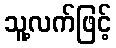
သူ့လက်ဖြင့်